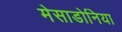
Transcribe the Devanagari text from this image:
मेसाडोनिया